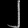
Digit: ၂